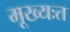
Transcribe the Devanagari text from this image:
मूख्यःत